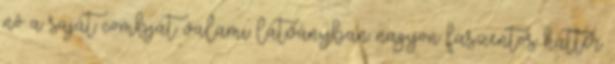
nő a saját combját valami látványban nagyon faszentos háttér